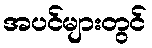
အပင်များတွင်